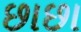
છાછા